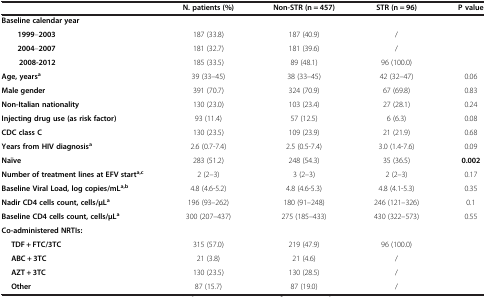
|  | N. patients (%) | Non-STR (n = 457) | STR (n = 96) | P value |
 | --- | --- | --- | --- | --- |
 | Baseline calendar year |  |  |  |  |
 | 1999–2003 | 187 (33.8) | 187 (40.9) | / |  |
 | 2004–2007 | 181 (32.7) | 181 (39.6) | / |  |
 | 2008-2012 | 185 (33.5) | 89 (48.1) | 96 (100.0) |  |
 | Age, yearsa | 39 (33–45) | 38 (33–45) | 42 (32–47) | 0.06 |
 | Male gender | 391 (70.7) | 324 (70.9) | 67 (69.8) | 0.83 |
 | Non-Italian nationality | 130 (23.0) | 103 (23.4) | 27 (28.1) | 0.24 |
 | Injecting drug use (as risk factor) | 93 (11.4) | 57 (12.5) | 6 (6.3) | 0.08 |
 | CDC class C | 130 (23.5) | 109 (23.9) | 21 (21.9) | 0.68 |
 | Years from HIV diagnosisa | 2.6 (0.7-7.4) | 2.5 (0.5-7.4) | 3.0 (1.4-7.6) | 0.09 |
 | Naïve | 283 (51.2) | 248 (54.3) | 35 (36.5) | 0.002 |
 | Number of treatment lines at EFV starta,c | 2 (2–3) | 3 (2–3) | 2 (2–3) | 0.17 |
 | Baseline Viral Load, log copies/mLa,b | 4.8 (4.6-5.2) | 4.8 (4.6-5.3) | 4.8 (4.1-5.3) | 0.35 |
 | Nadir CD4 cells count, cells/μLa | 196 (93–262) | 180 (91–248) | 246 (121–326) | 0.1 |
 | Baseline CD4 cells count, cells/μLa | 300 (207–437) | 275 (185–433) | 430 (322–573) | 0.55 |
 | Co-administered NRTIs: |  |  |  |  |
 | TDF + FTC/3TC | 315 (57.0) | 219 (47.9) | 96 (100.0) |  |
 | ABC + 3TC | 21 (3.8) | 21 (4.6) | / |  |
 | AZT + 3TC | 130 (23.5) | 130 (28.5) | / |  |
 | Other | 87 (15.7) | 87 (19.0) | / |  |